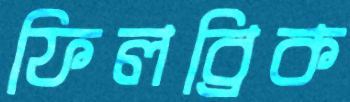
ফিলব্রিক